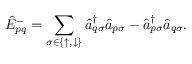
\Hat { E } _ { p q } ^ { - } = \sum _ { \sigma \in \{ \uparrow , \downarrow \} } \hat { a } _ { q \sigma } ^ { \dagger } \hat { a } _ { p \sigma } ^ { \vphantom { \dagger } } - \hat { a } _ { p \sigma } ^ { \dagger } \hat { a } _ { q \sigma } ^ { \vphantom { \dagger } } .